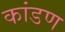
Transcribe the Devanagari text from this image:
कांडण